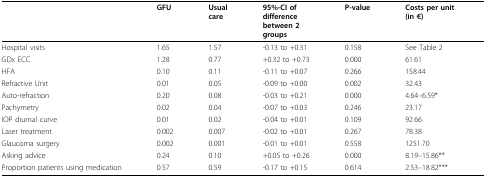
<table><thead><tr><td></td><td><b>GFU</b></td><td><b>Usualcare</b></td><td><b>95%-CI ofdifferencebetween 2groups</b></td><td><b>P-value</b></td><td><b>Costs per unit(in €)</b></td></tr></thead><tbody><tr><td>Hospital visits</td><td>1.65</td><td>1.57</td><td>-0.13 to +0.31</td><td>0.158</td><td>See Table 2</td></tr><tr><td>GDx ECC</td><td>1.28</td><td>0.77</td><td>+0.32 to +0.73</td><td>0.000</td><td>61.61</td></tr><tr><td>HFA</td><td>0.10</td><td>0.11</td><td>-0.11 to +0.07</td><td>0.266</td><td>158.44</td></tr><tr><td>Refractive Unit</td><td>0.01</td><td>0.05</td><td>-0.09 to +0.00</td><td>0.002</td><td>32.43</td></tr><tr><td>Auto-refraction</td><td>0.20</td><td>0.08</td><td>-0.03 to +0.21</td><td>0.000</td><td>4.64-6.59*</td></tr><tr><td>Pachymetry</td><td>0.02</td><td>0.04</td><td>-0.07 to +0.03</td><td>0.246</td><td>23.17</td></tr><tr><td>IOP diurnal curve</td><td>0.01</td><td>0.02</td><td>-0.04 to +0.01</td><td>0.109</td><td>92.66</td></tr><tr><td>Laser treatment</td><td>0.002</td><td>0.007</td><td>-0.02 to +0.01</td><td>0.267</td><td>78.38</td></tr><tr><td>Glaucoma surgery</td><td>0.002</td><td>0.001</td><td>-0.01 to +0.01</td><td>0.558</td><td>1251.70</td></tr><tr><td>Asking advice</td><td>0.24</td><td>0.10</td><td>+0.05 to +0.26</td><td>0.000</td><td>8.19-15.86**</td></tr><tr><td>Proportion patients using medication</td><td>0.57</td><td>0.59</td><td>-0.17 to +0.15</td><td>0.614</td><td>2.53-18.82***</td></tr></tbody></table>